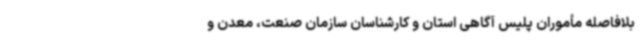
بلافاصله مأموران پلیس آگاهی استان و کارشناسان سازمان صنعت، معدن و